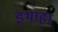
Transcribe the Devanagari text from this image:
इथाहा